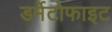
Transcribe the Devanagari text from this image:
डर्मेटोफाइट